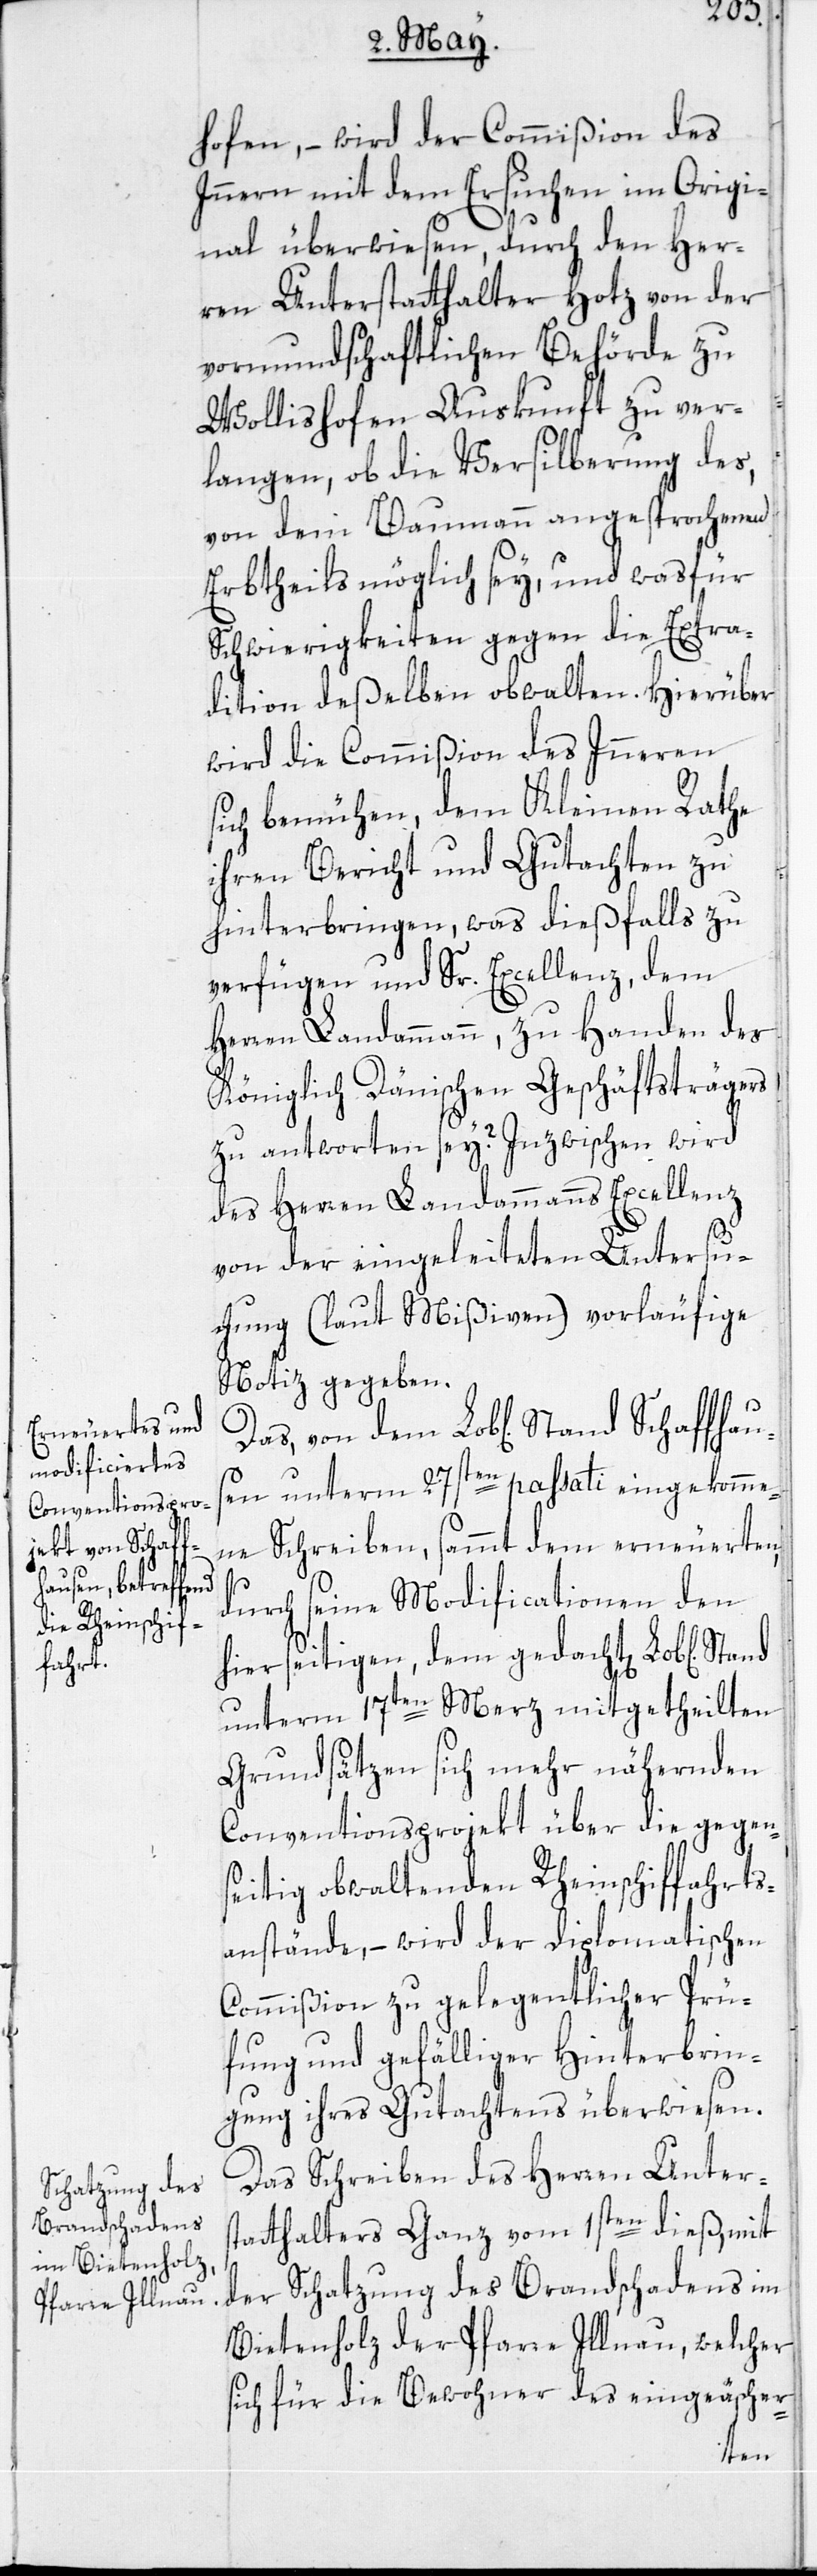
Stand Schaff¬

hofen, – wird der Commißion des
Innern mit dem Ersuchen im Origi¬
nal überwiesen, durch den Her¬
ren Unterstatthalter Hotz von der
vormundschaftlichen Behörde zu
Wollishofen Auskunft zu ver¬
langen, ob die Versilberung des,
von dem Baumann angesprochenen
Erbtheils möglich sey, und was für
Schwierigkeiten gegen die Extra¬
dition deßelben obwalten. Hierüber
wird die Commißion des Inneren
sich bemühen, dem Kleinen Rathe
ihren Bericht und Gutachten zu
hinterbringen, was dießfalls zu
verfügen und Sr. Excellenz, dem
Herren Landammann, zu Handen des
Königlich Dänischen Geschäftsträgers
zu antworten sey? Inzwischen wird
des Herren Landammanns Excellenz
von der eingeleiteten Untersu¬
chung (laut Mißiven) vorläufige
Notiz gegeben.
en unterm 27sten passati eingekomme¬
ne Schreiben, sammt dem erneuerten,
haus¬
durch seine Modificationen den
unterm 17ten Merz mitgetheilten
Grundsätzen sich mehr nähernden
Conventionsprojekt über die gegen¬
seitig obwaltenden Rheinschiffahrts¬
anstände, – wird der diplomatischen
Commißion zu gelegentlicher Prü¬
fung und gefälliger Hinterbrin¬
gung ihres Gutachtens überwiesen.
Das Schreiben des Herren Unters¬
tatthalters Ganz vom 1sten dieß, mit
der Schatzung des Brandschadens im
Bietenholz der Pfarre Illnau, welcher
sich für die Bewohner des eingeäscher-